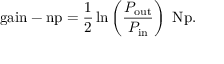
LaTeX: { \mathrm { g a i n - n p } } = { \frac { 1 } { 2 } } \ln \left( { \frac { P _ { \mathrm { o u t } } } { P _ { \mathrm { i n } } } } \right) ~ { \mathrm { N p } } .